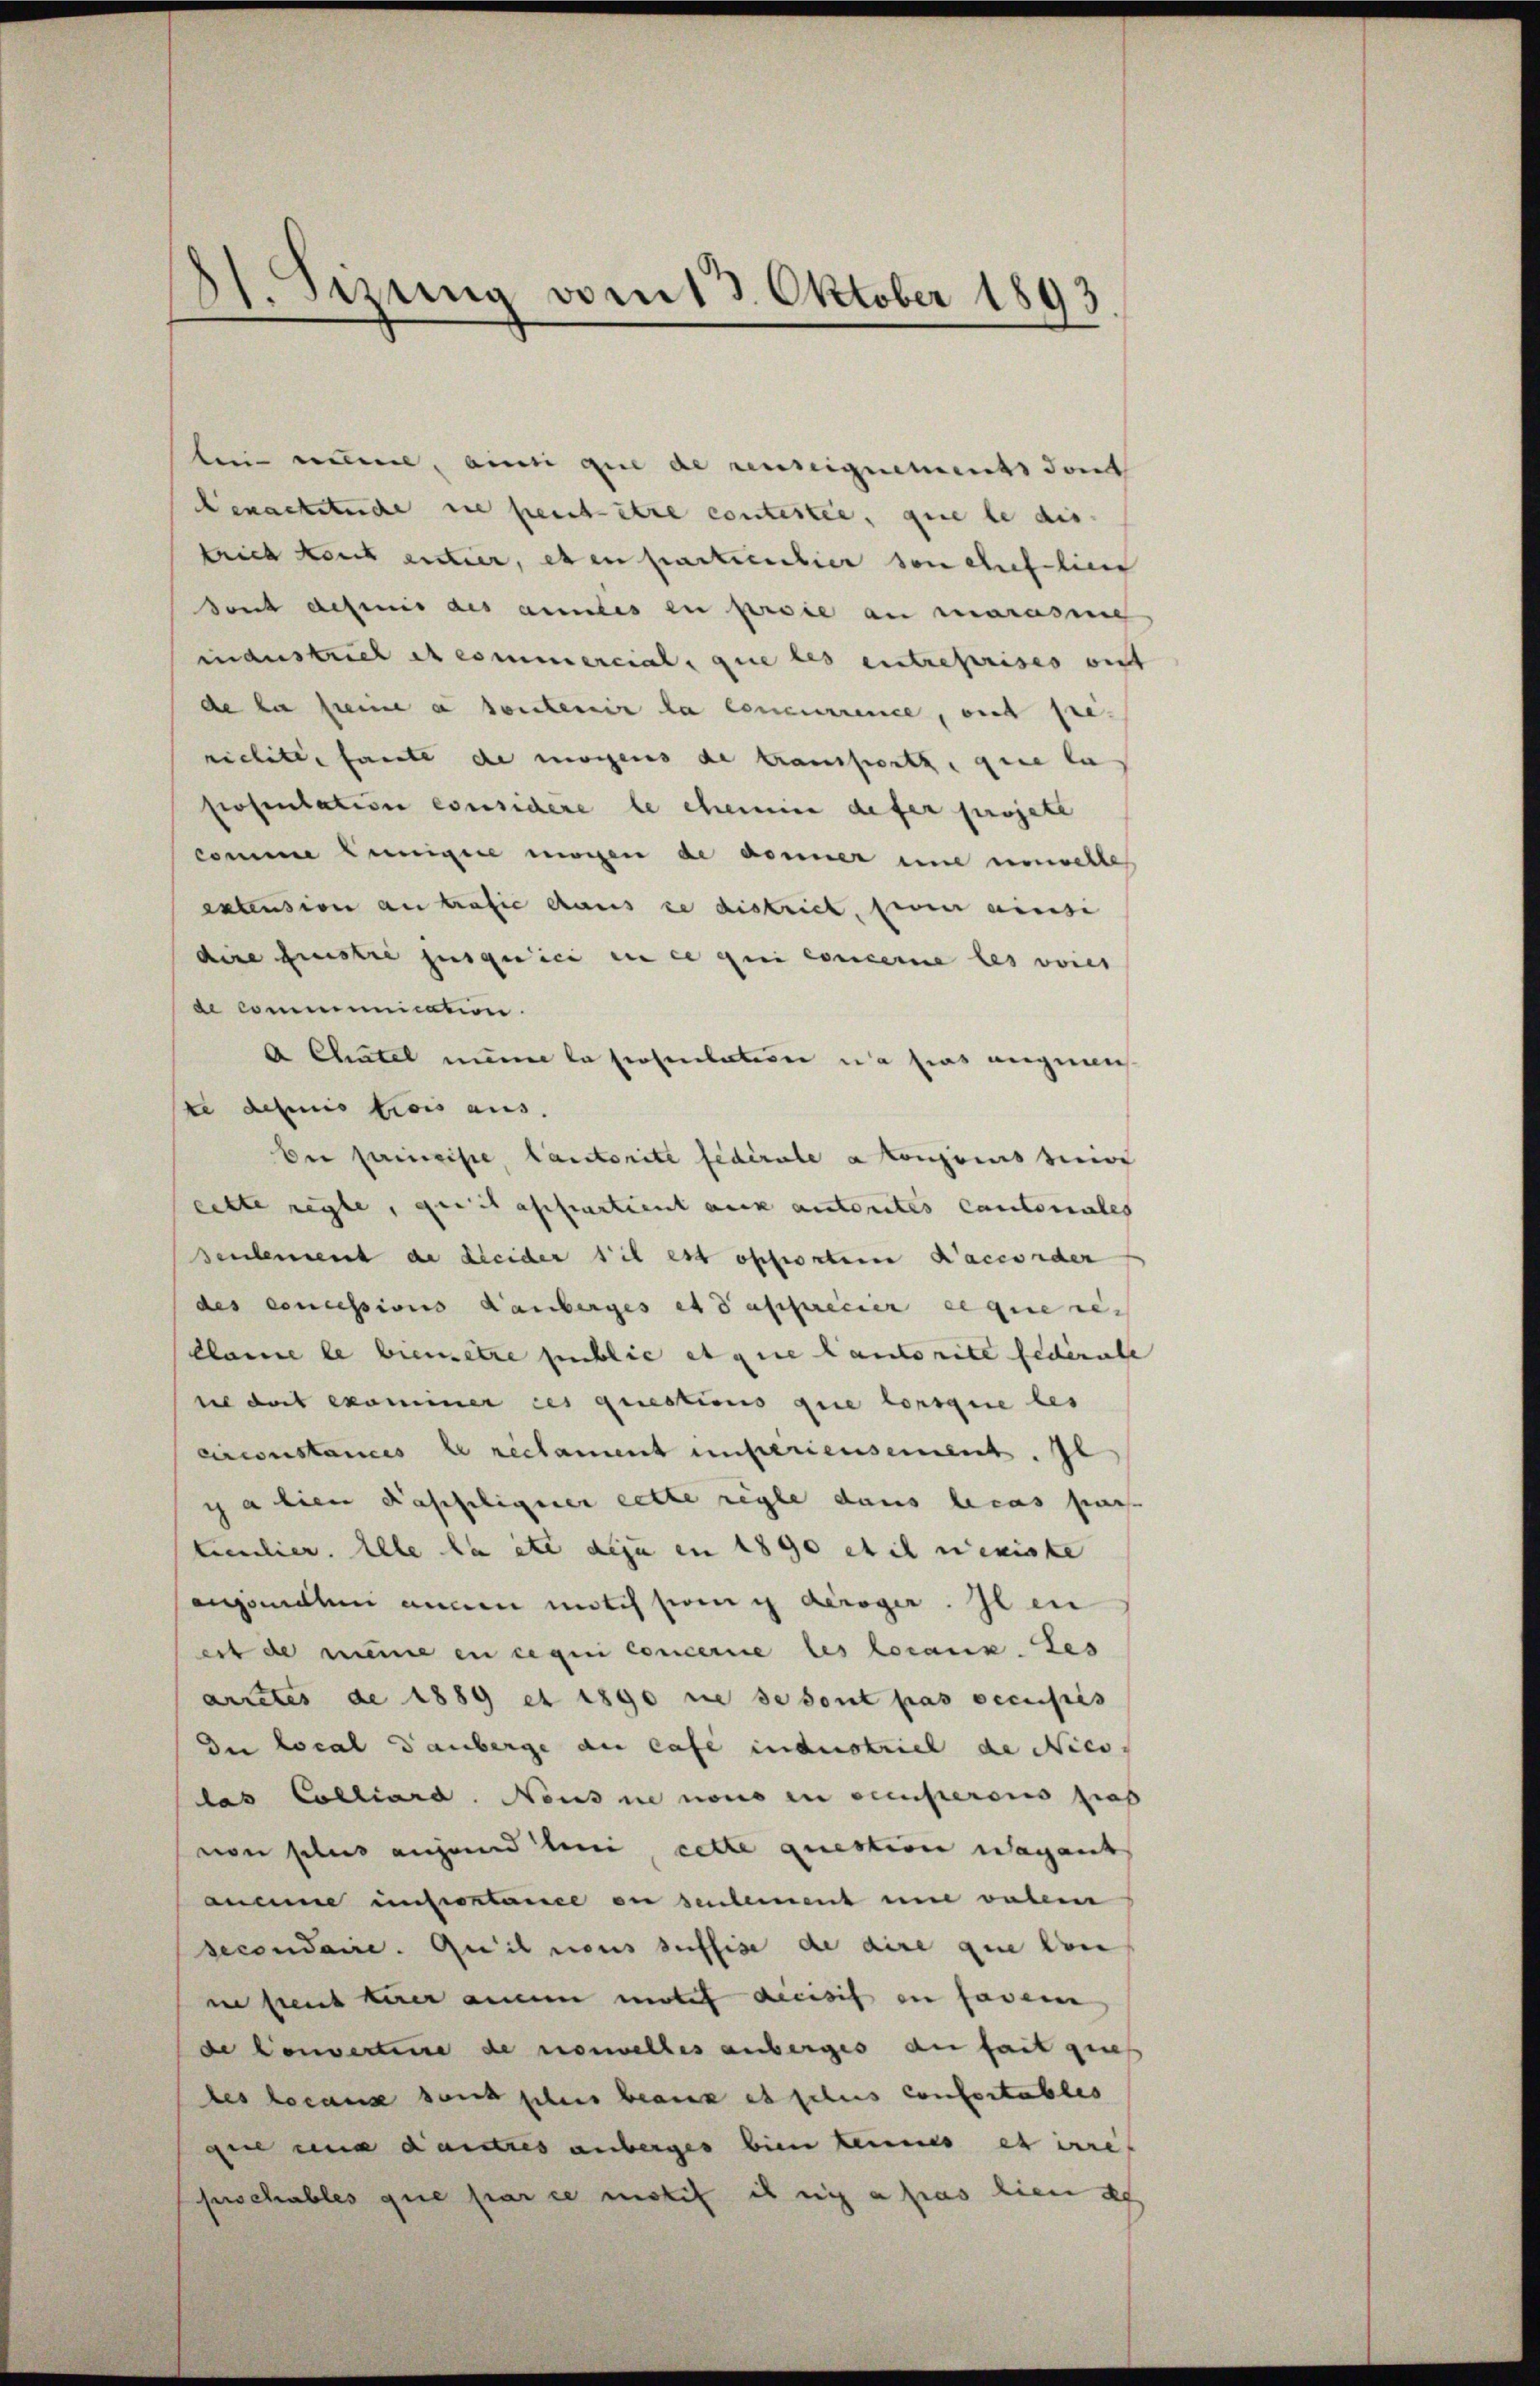
1
d. Sizung vom 13. Oktober 1893

lin eine, ainsi que de censeignements dont
benacktuche ne peut être contestie, que le dis
lrich kant entier, eben particulier son cheflien
dont demnis des annes en proie an marasie
industrieb et commercial, que les entreprises auf
de la seine a sontenir la concurrence, mit sie.
riclite faute de morgens de trausserth, gere la
prosentation considere le chemine defer projete
comme wenigere mögen de donner eine umwelle
extension an trafie dans ce district, feier ainsi
dire questre jusquici en ce qui concerne les vorer
de communication.
A Chatel meine la prosentation da dies augmen
te definis trois aus.
ber permeiste, Cantorite fédérale a Consens seine
eitte regle, quit affartient auch autorites Cantonales
seulement de kleider sit est offierten Laccorder
des concessions Rauberges et daspericier ce que re-
clame le bienetze public et que lautorite federate
sel das examiner ces questions que lorsque les
circonstances le reclament unsteriensement. Il
ic alien dasseligener cette regle dans le cas par
teculier. Alle laite dazu en 1890 et il nexiste
engenehm anden motif sei deroger. Il en
ert de meine en ce qui concerne les locaux. Les
arretes de 1889 et 1890 ne se sont pas occupis
Die Local anberge du case industriel de Niess
las Colliard. Neuse nono in ecenseres pas
von plus angend beni, cette question vagant
aneine unsostance en seulement und dabei
secondaire. Quil nous suffise de dire que von
ne peut herer auen mites decisis in favem
de Convertire de nouvelles anberges du fait gieß
des locause sans schnis beaux et plus confortables
ge eine autres anberges bien keines et irref
hrschables que par ce motif es ni a pas lien de